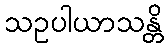
သဥပါယာသန္တိ